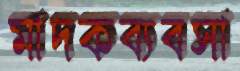
মাদকব্যবসা